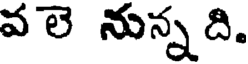
వలె నున్న ది.